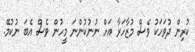
ކުރިން ދުވަހަކު ވެސް މުޒާހަރާ އަށް ނުނުކުންނަ މީހުން ވެސް އެބަ ނުކުމޭ.